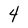
Character: 4